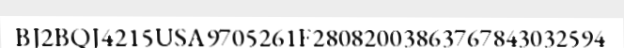
BJ2BQJ4215USA9705261F28082003863767843032594